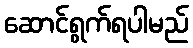
ဆောင်ရွက်ရပါမည်